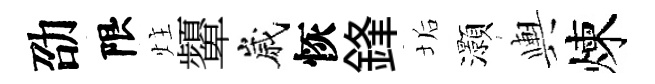
劭限炷顰嵗恢鋒垢灝輿煉